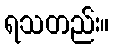
ရသတည်း။